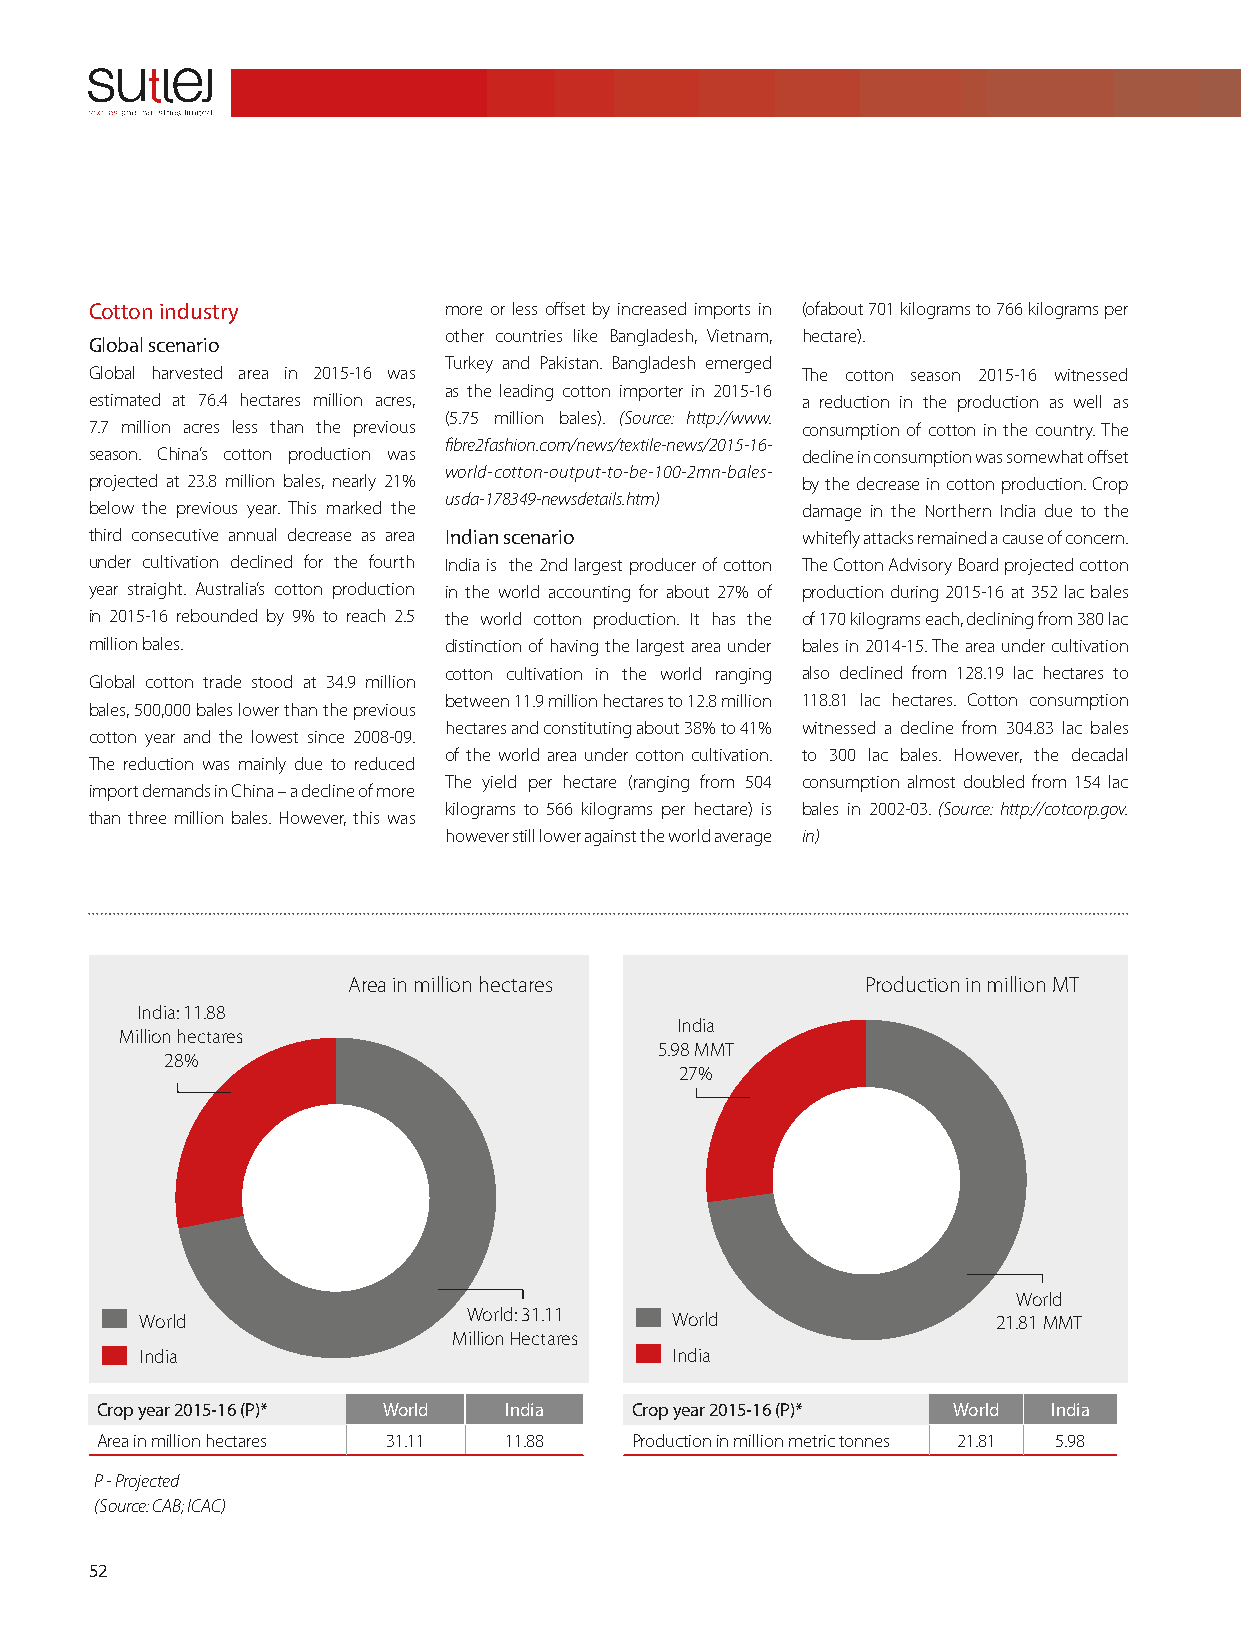
Cotton industry        more or less offset by increased imports in (ofabout 701 kilograms to 766 kilograms per
 other countries like Bangladesh, Vietnam, hectare).
 Global scenario
 Turkey and Pakistan. Bangladesh emerged
 Global harvested area in 2015-16 was           The cotton season 2015-16 witnessed
 as the leading cotton importer in 2015-16
 estimated at 76.4 hectares million acres,      a reduction in the production as well as
 (5.75 million bales). (Source: http://www.
 7.7 million acres less than the previous       consumption of cotton in the country. The
 fibre2fashion.com/news/textile-news/2015-16-
 season. China’s cotton production was          decline in consumption was somewhat offset
 world-cotton-output-to-be-100-2mn-bales-
 projected at 23.8 million bales, nearly 21%    by the decrease in cotton production. Crop
 usda-178349-newsdetails.htm)
 below the previous year. This marked the       damage in the Northern India due to the
 third consecutive annual decrease as area Indian scenario whitefly attacks remained a cause of concern.
 under cultivation declined for the fourth India is the 2nd largest producer of cotton The Cotton Advisory Board projected cotton
 year straight. Australia’s cotton production in the world accounting for about 27% of production during 2015-16 at 352 lac bales
 in 2015-16 rebounded by 9% to reach 2.5 the world cotton production. It has the of 170 kilograms each, declining from 380 lac
 million bales.         distinction of having the largest area under bales in 2014-15. The area under cultivation
 cotton cultivation in the world ranging also declined from 128.19 lac hectares to
 Global cotton trade stood at 34.9 million
 between 11.9 million hectares to 12.8 million 118.81 lac hectares. Cotton consumption
 bales, 500,000 bales lower than the previous
 hectares and constituting about 38% to 41% witnessed a decline from 304.83 lac bales
 cotton year and the lowest since 2008-09.
 of the world area under cotton cultivation. to 300 lac bales. However, the decadal
 The reduction was mainly due to reduced
 The yield per hectare (ranging from 504 consumption almost doubled from 154 lac
 import demands in China – a decline of more
 kilograms to 566 kilograms per hectare) is bales in 2002-03. (Source: http://cotcorp.gov.
 than three million bales. However, this was
 however still lower against the world average in)
 Area in million hectares          Production in million MT
 India: 11.88
 India
 Million hectares
 5.98 MMT
 28%
 27%
 World
 World                 World: 31.11 World                 21.81 MMT
 Million Hectares
 India                              India
 Crop year 2015-16 (P)* World India  Crop year 2015-16 (P)* World India
 Area in million hectares 31.11 11.88 Production in million metric tonnes 21.81 5.98
 P - Projected
 (Source: CAB; ICAC)
 52